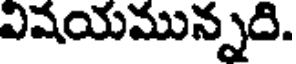
విషయమున్నది.